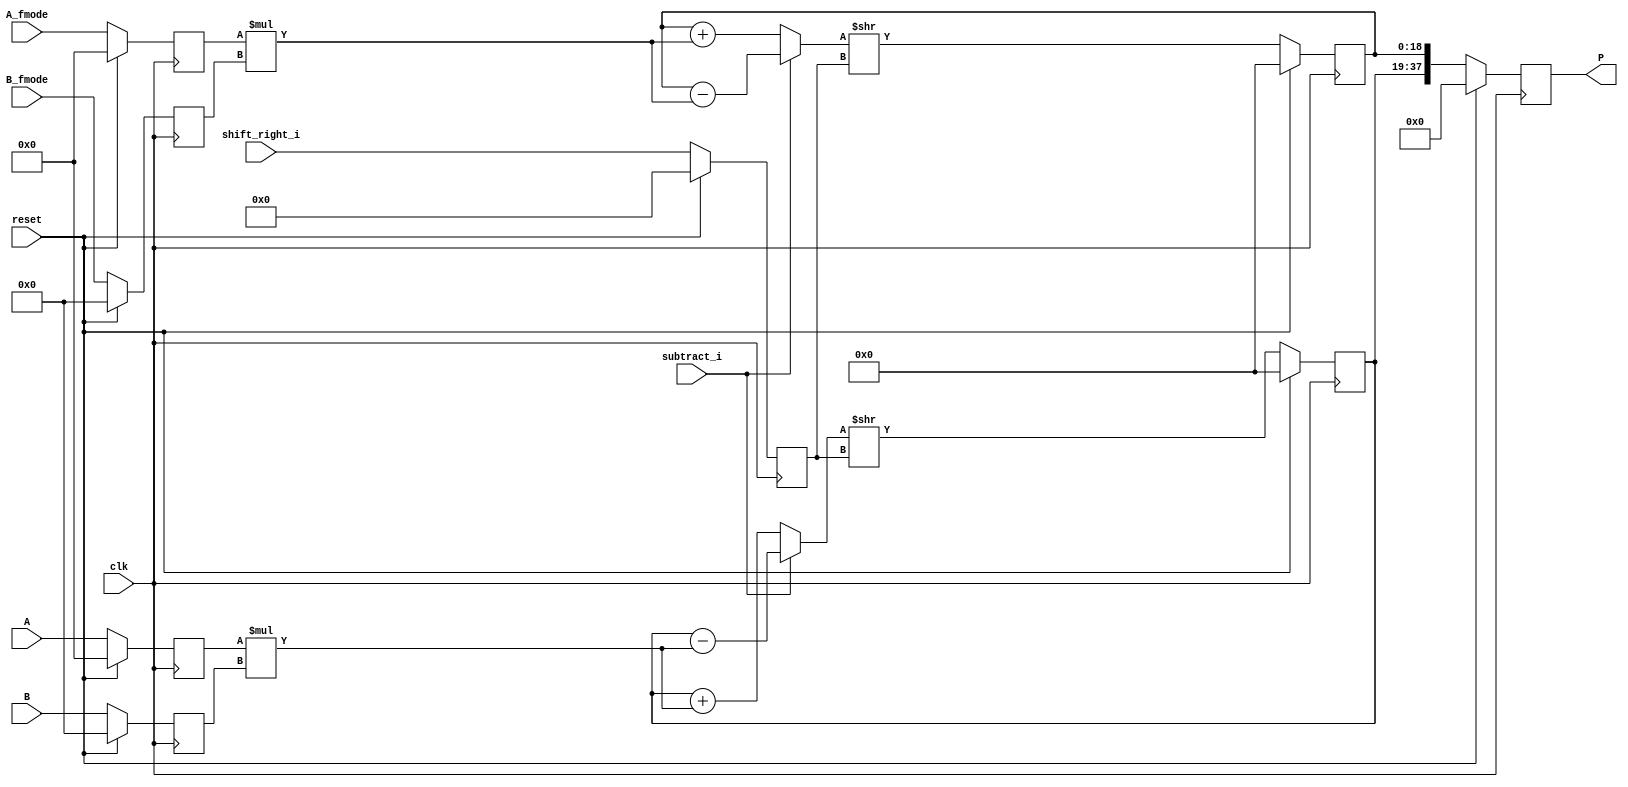
module dsp_fractured_mul_unsigned_reg_with_accum_shifted_output (clk, reset, subtract_i, A, A_fmode, B, B_fmode, shift_right_i, P);
	input clk, reset, subtract_i;
	input [9:0] A, A_fmode;
	input [8:0] B, B_fmode;
	input [5:0] shift_right_i;
	output reg [37:0] P;
	reg [5:0] shift_right_i_reg;
	reg [18:0] P_f1, P_f2;
	reg [9:0] i1, i1_fmode;
	reg [8:0] i2, i2_fmode;
	reg [18:0] add_or_sub, add_or_sub_fmode, mul_f1, mul_f2;
	always @(posedge clk) begin
		if(reset == 1) begin
			i1 <= 0;
			i2 <= 0;
			i1_fmode <= 0;
			i2_fmode <= 0;
			shift_right_i_reg <= 0;
		end
		else begin
			i1 <= A;
			i2 <= B;
			i1_fmode <= A_fmode;
			i2_fmode <= B_fmode;
			shift_right_i_reg <= shift_right_i;
		end
	end
	always @(posedge clk) begin
		if (reset ==1 ) begin
			P <= 0;
			P_f1 <= 0;
			P_f2 <= 0;
		end
		else begin
			P_f1 <= add_or_sub >> shift_right_i_reg;
			P_f2 <= add_or_sub_fmode >> shift_right_i_reg;
			P <= {P_f1, P_f2};
		end

	end

	always @ (*)  begin
		mul_f1 = i1 * i2;
		mul_f2 = i1_fmode * i2_fmode;
	end

	always @ (*)  begin
		if (subtract_i) begin
			add_or_sub = P_f1 - mul_f1;
			add_or_sub_fmode = P_f2 - mul_f2;
		end
		else begin
			add_or_sub = P_f1 + mul_f1;
			add_or_sub_fmode = P_f2 + mul_f2;
		end
	end
endmodule